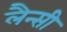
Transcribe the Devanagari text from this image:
लैन्सी